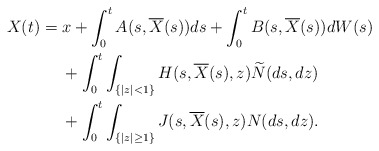
\begin{align*} X(t)&= x+\int_0^t A(s,\overline{X}(s))ds+\int_0^t B(s,\overline{X}(s))dW(s) \\ &\quad\ +\int_0^t \int_{\{|z|<1\}} H(s,\overline{X}(s),z)\widetilde{N}(ds,dz)\\&\quad\ +\int_0^t\int_{\{|z|\ge1\}} J(s,\overline{X}(s),z)N(ds,dz).\end{align*}